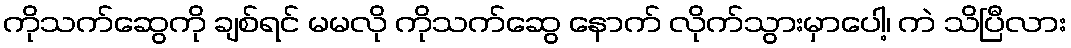
ကိုသက်ဆွေကို ချစ်ရင် မမလို ကိုသက်ဆွေ နောက် လိုက်သွားမှာပေါ့၊ ကဲ သိပြီလား